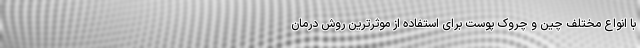
با انواع مختلف چین و چروک پوست برای استفاده از موثرترین روش درمان